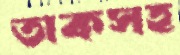
তাকসহ